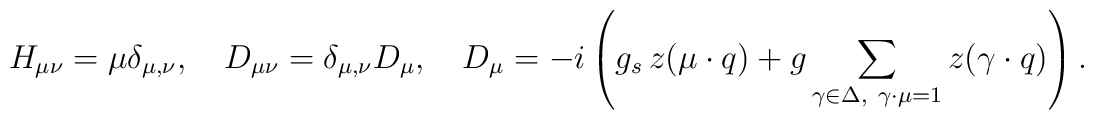
H_{\mu \nu}=\mu \delta_{\mu, \nu},\quad   	D_{\mu \nu}= \delta_{\mu, \nu}D_{\mu},\quad   	D_{\mu}=-i\left(g_s\,z(\mu\cdot q)    +g\sum_{\gamma\in\Delta,\     	\gamma\cdot\mu=1}z(\gamma\cdot q)\right).